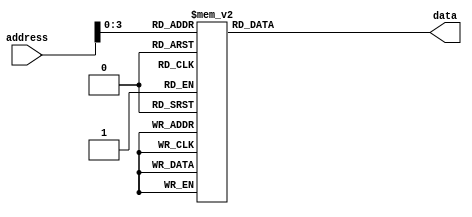
`timescale 1ns / 1ps
//////////////////////////////////////////////////////////////////////////////////
// Company: 
// Engineer: 
// 
// Design Name: 
// Module Name:    charRomX 
// Project Name: 
// Target Devices: 
// Tool versions: 
// Description: 
//
// Dependencies: 
//
// Revision: 
// Revision 0.01 - File Created
// Additional Comments: 
//
//////////////////////////////////////////////////////////////////////////////////
module charRomX(
    input [11:0] address,
    output reg [7:0] data
    );

wire [3:0] partial;
assign partial[3:0] = address[3:0];

always @(partial) begin
    case (partial)
            0: data = 48;
            1: data = 49;
            2: data = 50;
            3: data = 51;
            4: data = 52;
            5: data = 53;
            6: data = 54;
            7: data = 55;
            8: data = 56;
            9: data = 57;
           10: data = 65;
           11: data = 66;
           12: data = 67;
           13: data = 68;
           14: data = 69;
           15: data = 70;
		endcase
end

endmodule